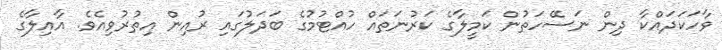
ވާހަކަދައްކާ ދިން ނަސޭހަތުން ކަމީލާގެ ކަރުނަތައް ހުއްޓުމުގެ ބަދަލުގައި ރުއިން އިތުރުވިއެވެ. އާއިލާގެ